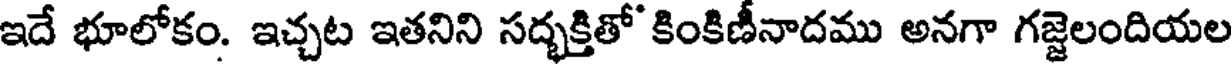
ఇదే భూలోకం. ఇచ్చట ఇతనిని సద్భక్తితో' కింకిణీనాదము అనగా గజ్జెలందియల